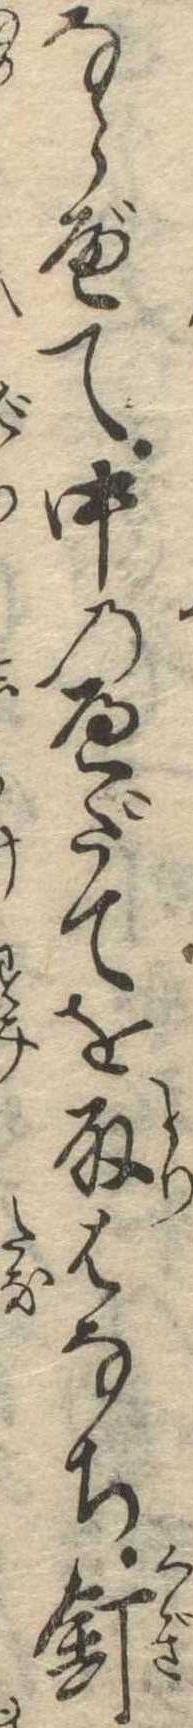
ならべて中のへだてを取はなち釘